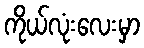
ကိုယ်လုံးလေးမှာ